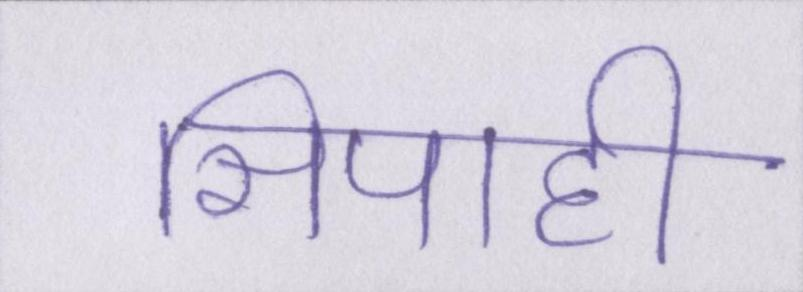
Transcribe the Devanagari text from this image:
सिपाही